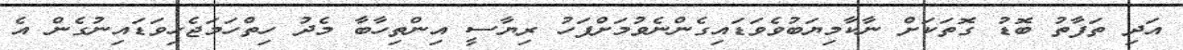
އަދި ތަފާތު ބޮޑު ގޮތަކަށް ނާކާމިޔަބުވެވަޑައިގެންނެވުމަށްފަހު ރިޔާސީ އިންތިހާބާ މެދު ހިތްހަމަޖެހިވަޑައިނުގެން އެ